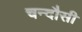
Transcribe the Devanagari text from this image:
चन्‍दौसी